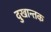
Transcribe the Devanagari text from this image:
दुखान्तक